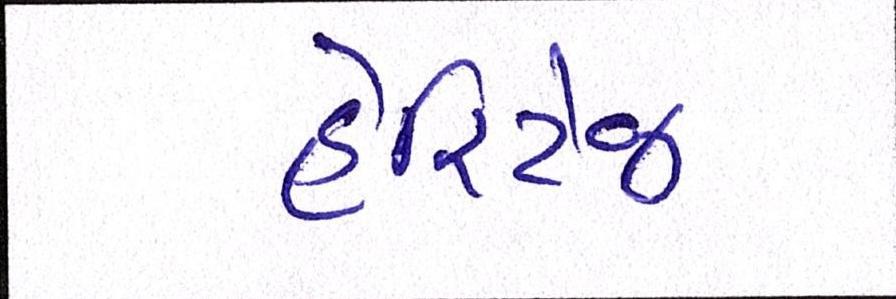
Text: હેરિટેજ